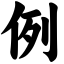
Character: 例